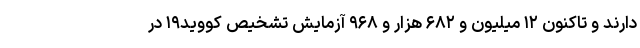
دارند و تاکنون ۱۲ میلیون و ۶۸۲ هزار و ۹۶۸ آزمایش تشخیص کووید۱۹ در